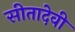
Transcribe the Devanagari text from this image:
सीतादेवी